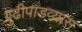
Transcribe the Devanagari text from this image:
गुढीपाडव्यास